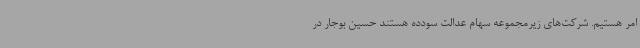
امر هستیم. شرکت‌های زیرمجموعه سهام عدالت سودده هستند حسین بوجار در